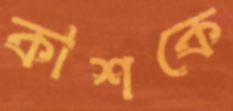
কাশকে